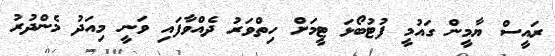
ރައީސް ޔާމީން ގައުމީ ފުޓުބޯޅަ ޓީމަށް ހިތްވަރު ދެއްވާފައި ވަނީ މިއަދު މެންދުރު